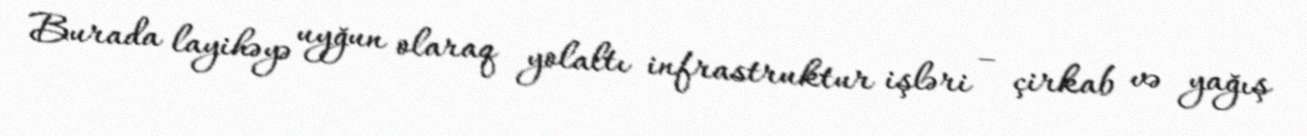
Burada layihəyə uyğun olaraq yolaltı infrastruktur işləri – çirkab və yağış